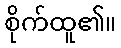
စိုက်ထူ၏။